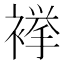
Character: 𧜎